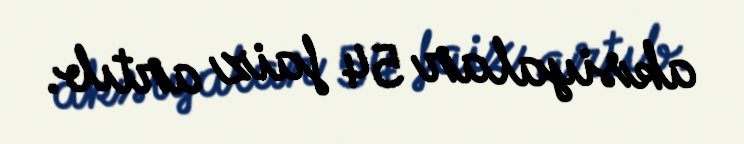
aksiyalar 54 faiz artıb.